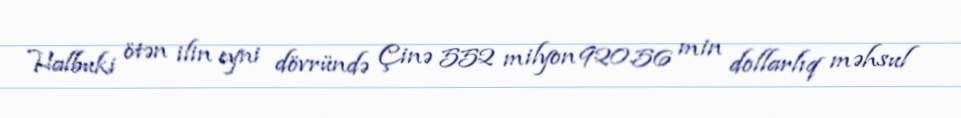
Halbuki ötən ilin eyni dövründə Çinə 552 milyon 920.56 min dollarlıq məhsul